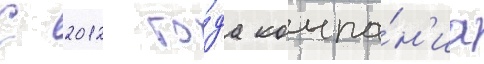
С 2012 го́да компа́н'иа